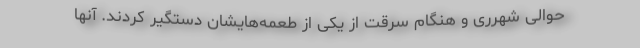
حوالی شهرری و هنگام سرقت از یکی از طعمه‌هایشان دستگیر کردند. آنها